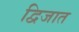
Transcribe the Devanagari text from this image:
द्विजात